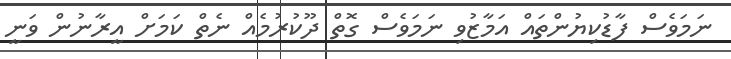
ނަމަވެސް ފާޑުކިޔުންތައް އަމާޒުވި ނަމަވެސް ގޮތް ދޫކުރުމެއް ނެތް ކަމަށް އީރާނުން ވަނީ